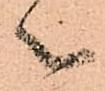
々